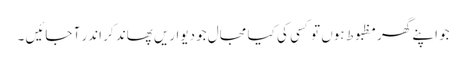
جو اپنے گھر مظبوط ہوں تو کسی کی کیا مجال جو دیواریں پھاند کر اندر آ جائیں ۔